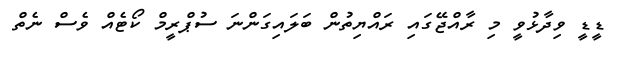
ޑީޑީ ވިދާޅުވީ މި ރާއްޖޭގައި ރައްޔިތުން ބަލައިގަންނަ ސުޕްރީމް ކޯޓެއް ވެސް ނެތް